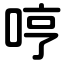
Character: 哼